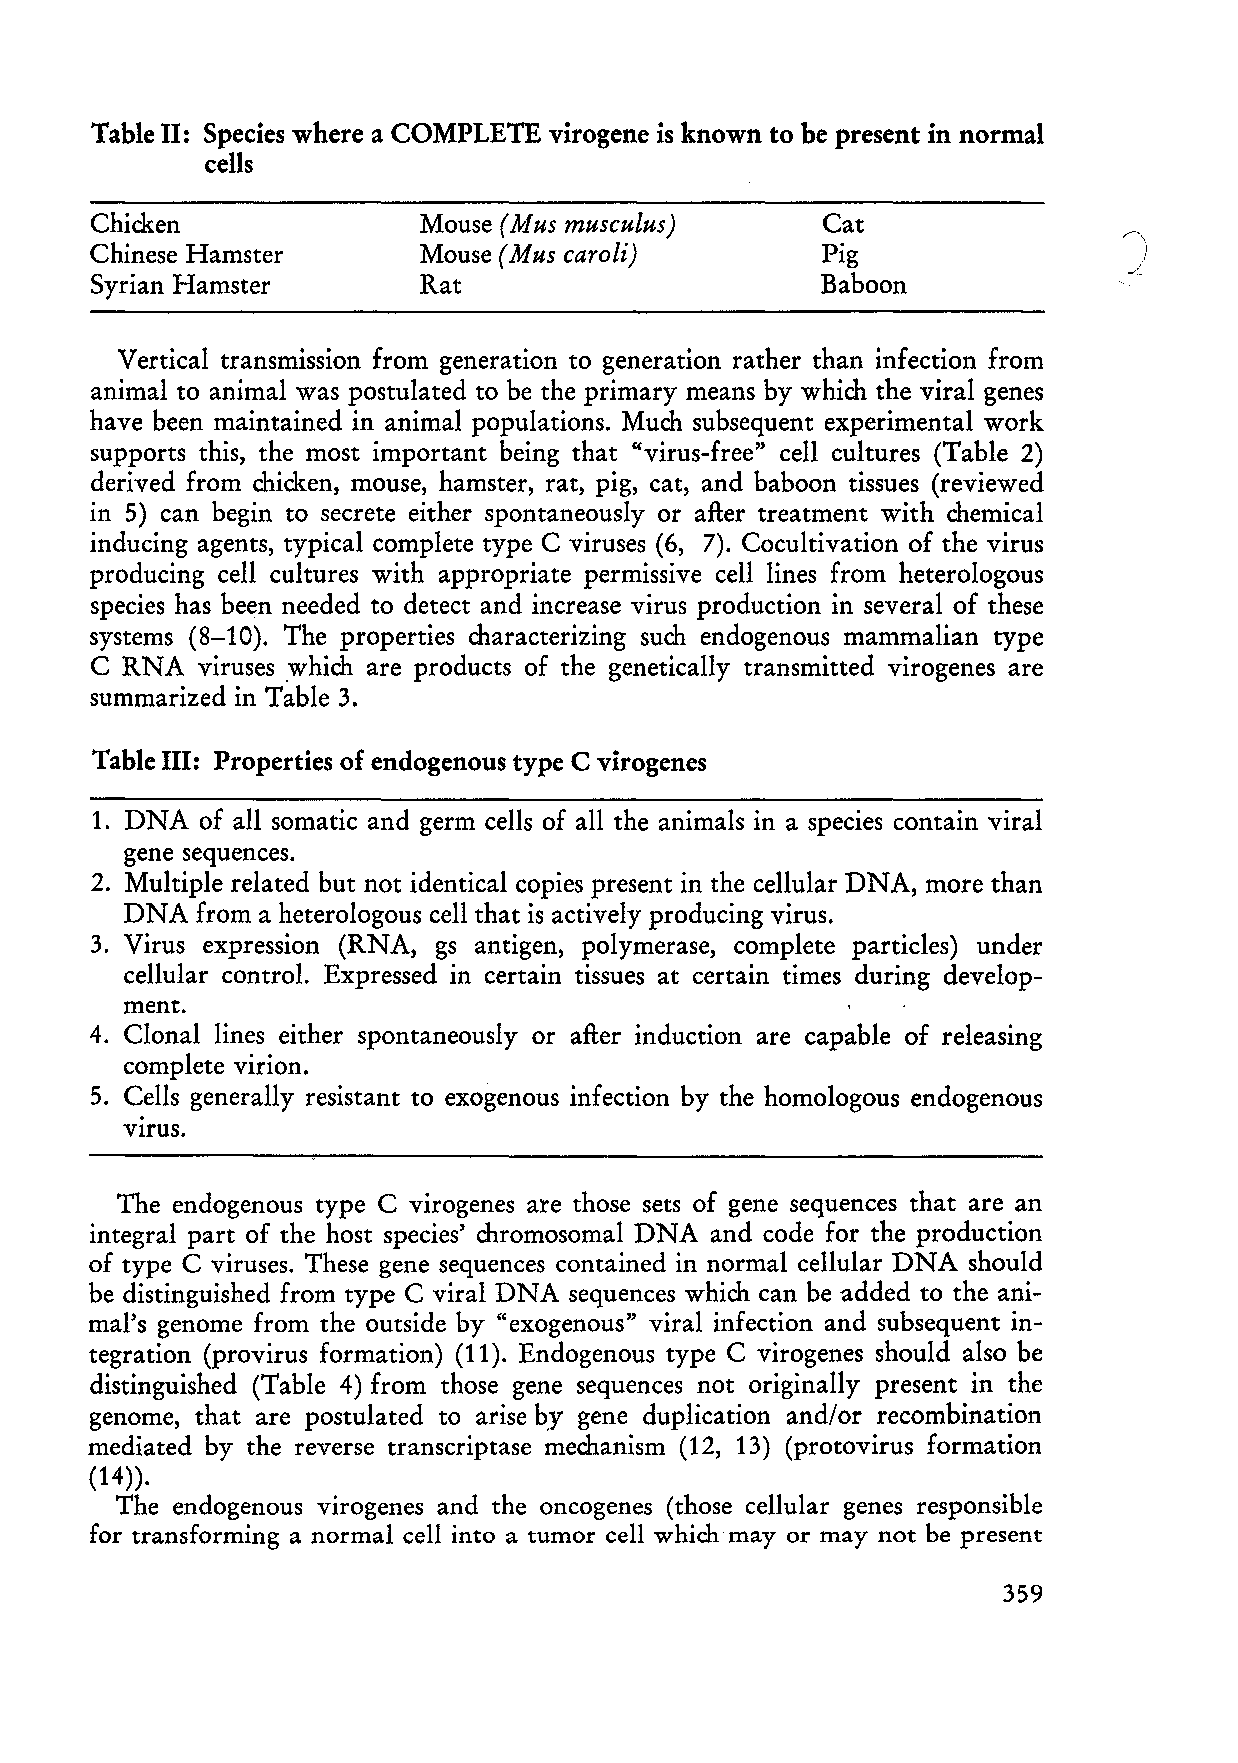
Table 11: Species where a COMPLETE virogene is known to be present in normal
 cells
 Chicken               Mouse (Jrf us musculus)    Cat
 "\
 Chinese Hamster       Mouse (Mus caroli)         Pig                  )
 Syrian Hamster        Rat                        Baboon
 Vertical transmission from generation to generation rather than infection from
 animal to animal was postulated to be the primary means by which the viral genes
 have been maintained in animal populations. Much subsequent experimental work
 supports this, the most important being that "virus-free" cell cultures (Table 2)
 derived from chicken, mouse, hamster, rat, pig, cat, and baboon tissues (reviewed
 in 5) can begin to secrete either spontaneously or after treatment with chemical
 inducing agents, typical complete type C viruses (6, 7). Cocultivation of the virus
 producing cell cultures with appropriate permissive cell lines from heterologous
 species has been needed to detect and increase virus production in several of these
 systems (8-10). The properties characterizing such endogenous mammalian type
 C RNA  viruses .which are products of the genetically transmitted virogenes are
 summarized in Table 3.
 Table 111: Prop ert ie s of endogenous type C virogenes
 1. DNA of all somatic and germ cells of all the animals in a species contain viral
 gene sequences.
 2. Multiple related but not identical copies present in the cellular DNA, more than
 DNA  from a heterologous cell that is actively producing virus.
 3. Virus expression (RNA, gs antigen, polymerase, complete particles) under
 cellular contro!. Expressed in certain tissues at certain times during develop
 ment.
 4. Clonal lines either spontaneously or after induction are capable of releasing
 complete virion.
 5. Cells generally resistant to exogenous infection by the homologous endogenous
 VIrus.
 The endogenous type C virogenes are those sets of gene sequences that are an
 integral part of the host species' chromosomal DNA and code for the production
 of type C viruses. These gene sequences contained in normal cellular DNA should
 be distinguished from type C viral DNA sequences which can be added to the ani
 mal's genome from the outside by "exogenous" viral infection and subsequent in
 tegration (provirus formation) (11). Endogenous type C virogenes should also be
 distinguished (Table 4) from those gene sequences not originally present in the
 genome, that are postulated to arise by gene duplication and/or recombination
 mediated by the reverse transcriptase mechanism (12, 13) (protovirus formation
 (14)).
 The endogenous virogenes and the oncogenes (those cellular genes responsible
 for transforming anormal cell into a tumor cell which may or may not be present
 359